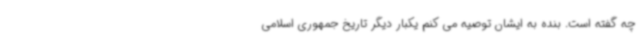
چه گفته است. بنده به ایشان توصیه می کنم یکبار دیگر تاریخ جمهوری اسلامی